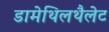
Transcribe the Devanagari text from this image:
डामेथिलथैलेट